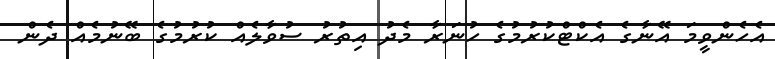
އެހެންވީމަ އޭނާގެ އެކްޓްކުރުމުގެ ހުނަރާ މެދު އިތުރު ސުވާލެއް ކުރުމުގެ ބޭނުމެއް ދެން